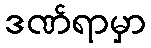
ဒဏ်ရာမှာ